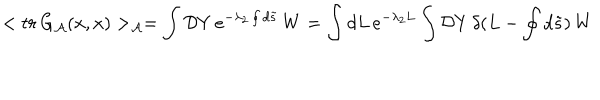
LaTeX: < t r \, G _ { \cal A } ( x , x ) > _ { \cal A } = \int { \mathcal { D } Y } \, e ^ { - { \lambda _ { 2 } } \oint { d } \tilde { s } } \, W = \int d L \, e ^ { - \lambda _ { 2 } L } \int { \mathcal { D } Y } \, \delta ( L - \oint { d } \tilde { s } ) \, W